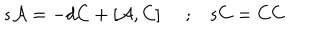
LaTeX: s { \cal A } = - d C + \left[ { \cal A } , C \right] \, \, \, \, \, \, \, ; \, \, \, \, \, s C = C C